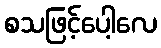
စသဖြင့်ပေါ့လေ